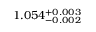
1 . 0 5 4 _ { - 0 . 0 0 2 } ^ { + 0 . 0 0 3 }